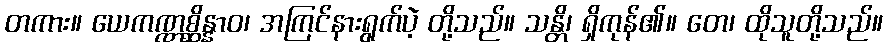
တကား။ ယေကဏ္ဏစ္ဆိန္နာဝ၊ အကြင်နားရွက်ပဲ့ တို့သည်။ သန္တိ၊ ရှိကုန်၏။ တေ၊ ထိုသူတို့သည်။